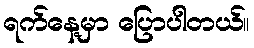
ရက်နေ့မှာ ပြောပါတယ်။